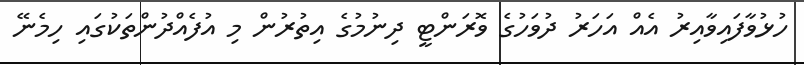
ހުޅުވާފައިވާއިރު އެއް އަހަރު ދުވަހުގެ ވޮރަންޓީ ދިނުމުގެ އިތުރުން މި އުފެއްދުންތަކުގައި ހިމެނޭ